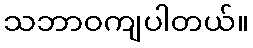
သဘာဝကျပါတယ်။